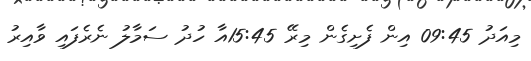
މިއަދު 09:45 އިން ފެށިގެން މިރޭ 15:45އާ ހުދު ސަމާލު ނެރެފައި ވާއިރު